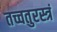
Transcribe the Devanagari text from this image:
तच्चतुरस्त्रं